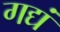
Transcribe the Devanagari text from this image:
गद्यं